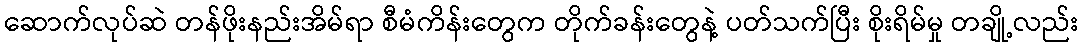
ဆောက်လုပ်ဆဲ တန်ဖိုးနည်းအိမ်ရာ စီမံကိန်းတွေက တိုက်ခန်းတွေနဲ့ ပတ်သက်ပြီး စိုးရိမ်မှု တချို့လည်း